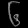
Digit: ၆